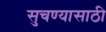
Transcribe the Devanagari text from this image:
सुचण्यासाठी